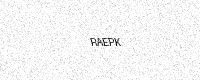
Text: RAEPK